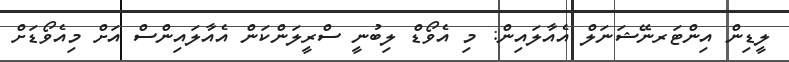
ލީޑިން އިންޓަރނޭޝަނަލް އެއާލައިން: މި އެވޯޑް ލިބުނީ ސްރީލަންކަން އެއާލައިންސް އަށް މިއެވޯޑަށް